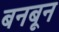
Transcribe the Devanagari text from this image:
बनबून